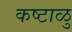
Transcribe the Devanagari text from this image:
कष्टाळु